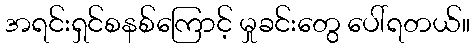
အရင်းရှင်စနစ်ကြောင့် မှုခင်းတွေ ပေါ်ရတယ်။